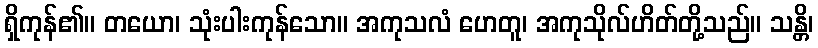
ရှိကုန်၏။ တယော၊ သုံးပါးကုန်သော။ အကုသလံ ဟေတူ၊ အကုသိုလ်ဟိတ်တို့သည်။ သန္တိ၊